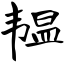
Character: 韫